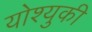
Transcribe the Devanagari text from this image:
योश्युकी